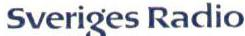
Sveriges Radio